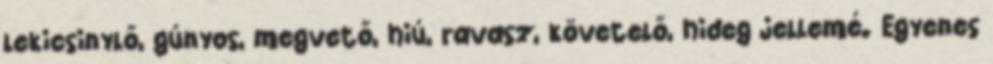
lekicsinylő, gúnyos, megvető, hiú, ravasz, követelő, hideg jellemé. Egyenes